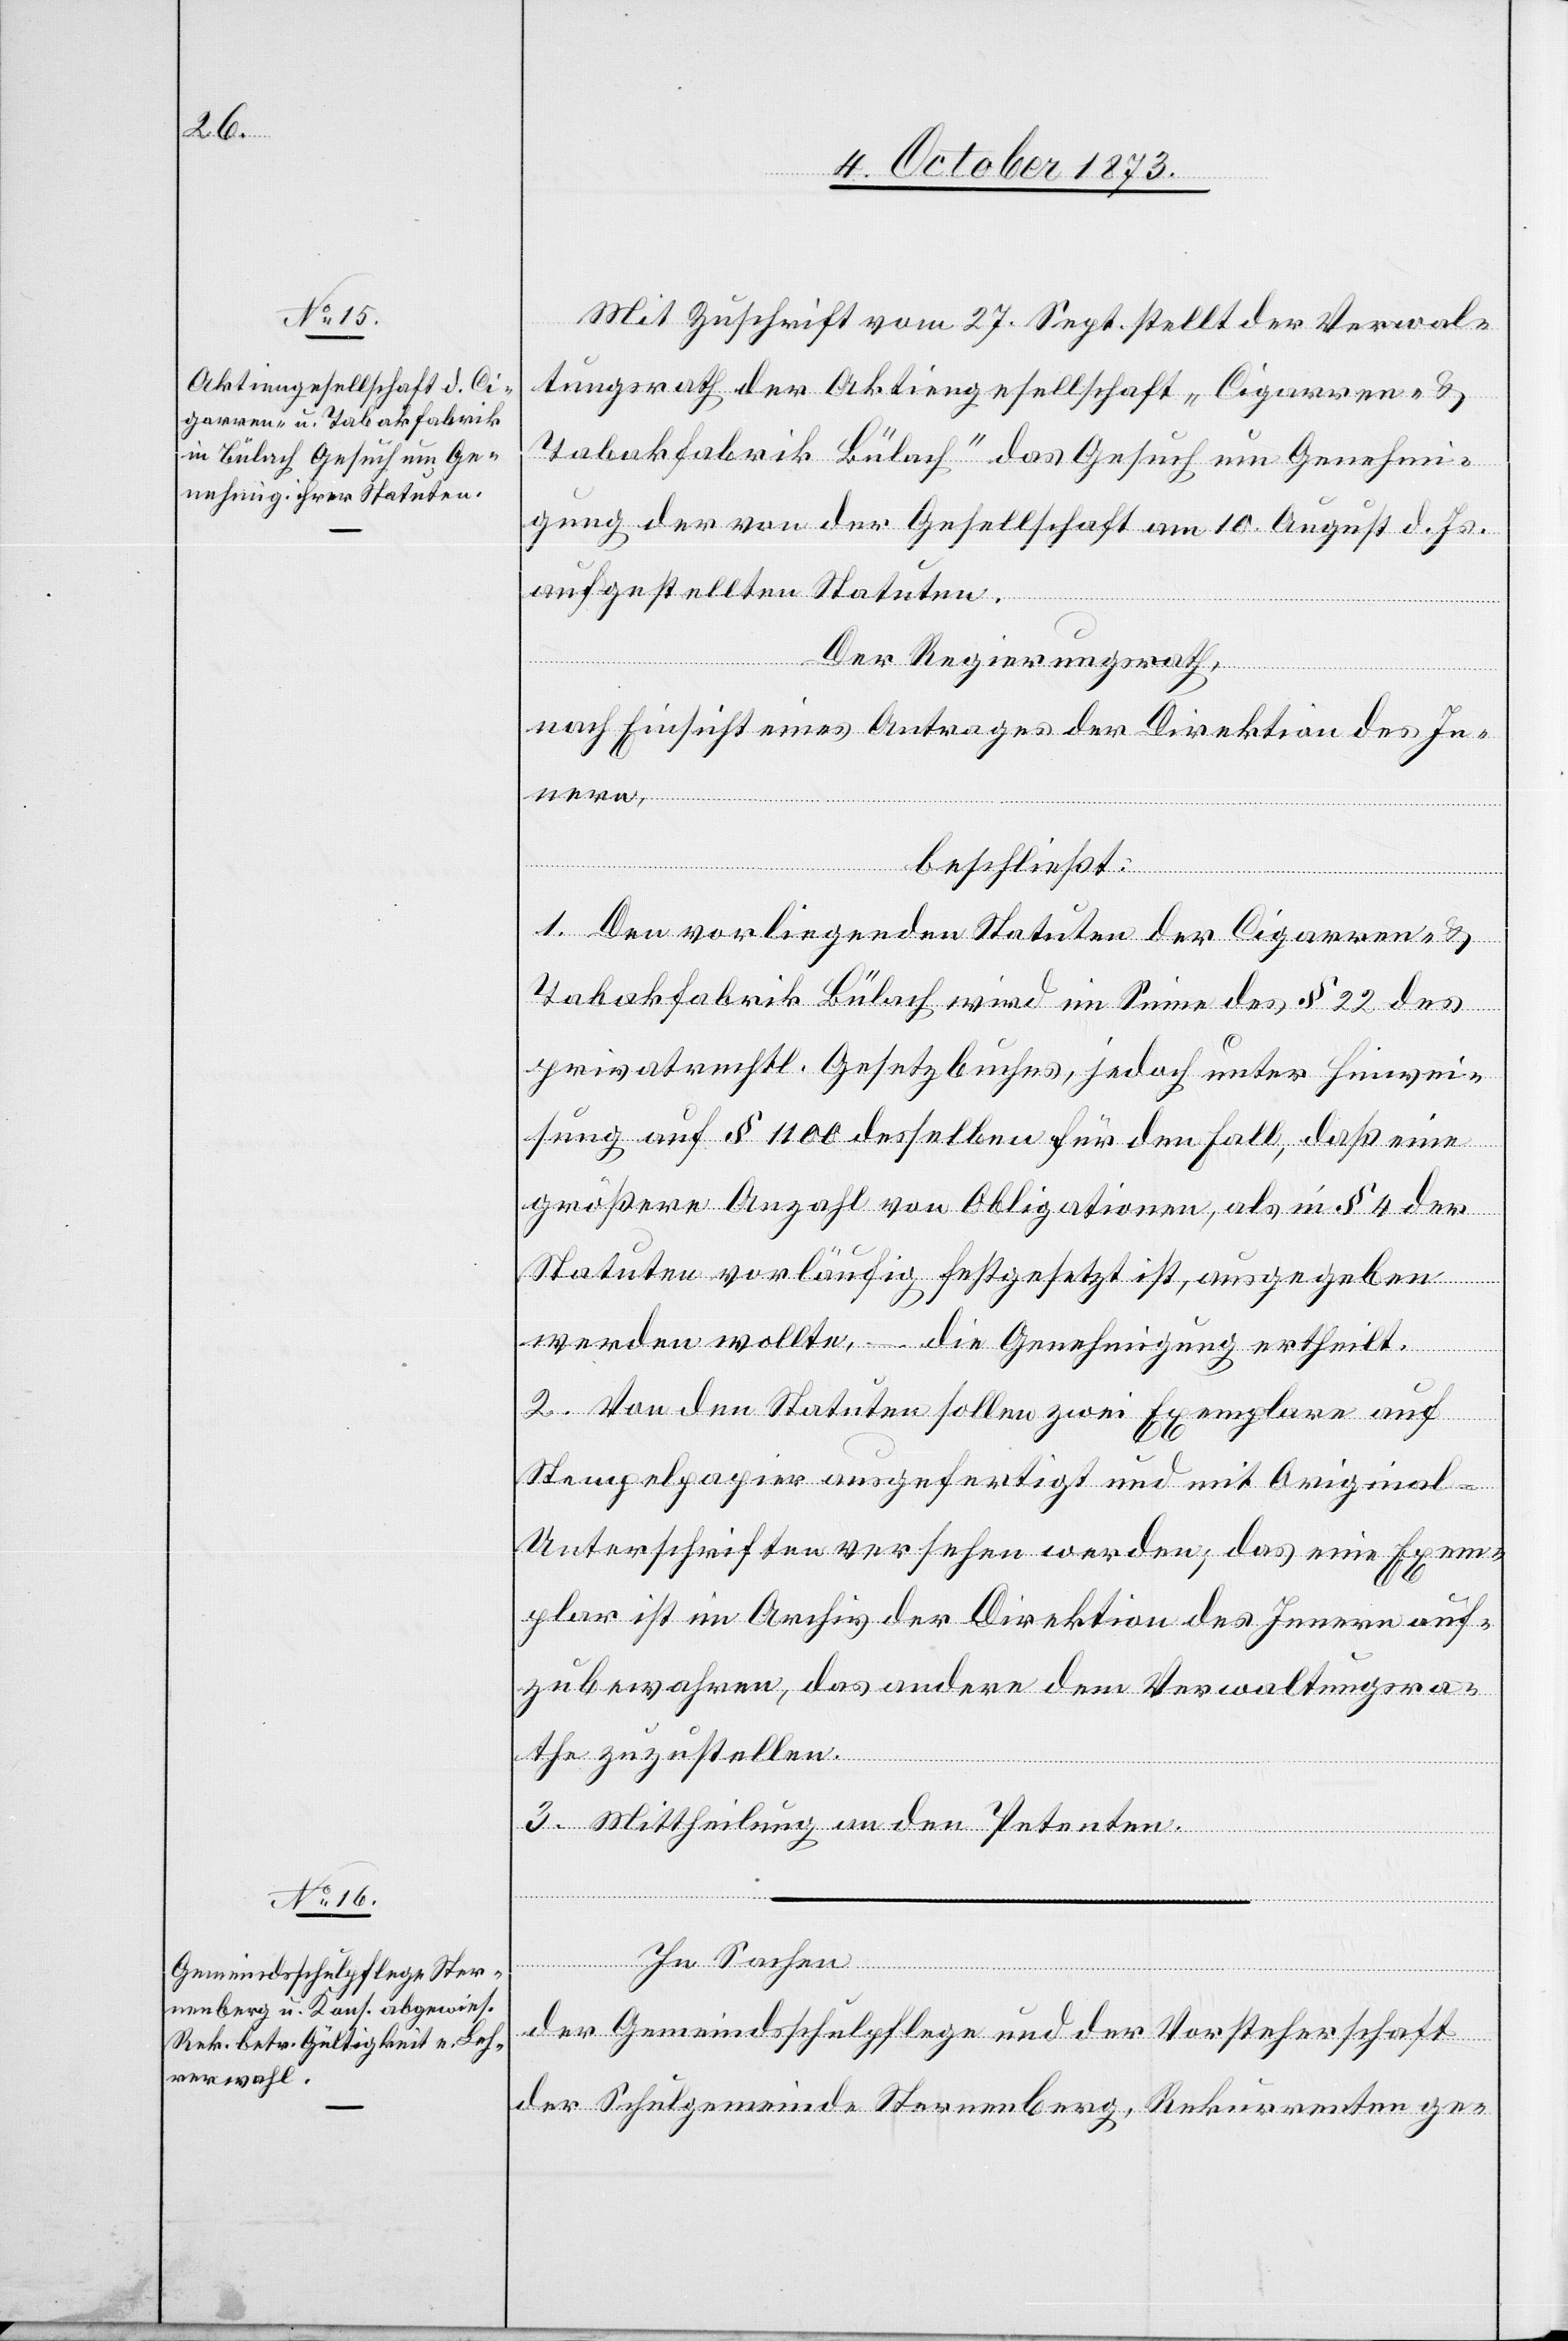
Mit Zuschrift vom 27. Sept. stellt der Verwal¬
tungsrath der Aktiengesellschaft „Cigarren- &
Tabakfabrik Bülach“ das Gesuch um Genehmi¬
gung der von der Gesellschaft am 10. August d. Js.
aufgestellten Statuten.
Der Regierungsrath,
nach Einsicht eines Antrages der Direktion des In¬
beschließt:
1. Den vorliegenden Statuten der Cigarren- &
Tabakfabrik Bülach wird im Sinne des § 22 des
privatrechtl. Gesetzbuches, jedoch unter Hinwei¬
sung auf § 1 100 desselben für den Fall, daß eine
größere Anzahl von Obligationen, als in § 4 der
Statuten vorläufig festgesetzt ist, ausgegeben
werden wollte, – die Genehmigung ertheilt.
2. Von den Statuten sollen zwei Exemplare auf
Stempelpapier ausgefertigt und mit Original-U¬
nterschriften versehen werden; das eine Exem¬
plar ist im Archiv der Direktion des Innern auf¬
zubewahren, das andere dem Verwaltungsra¬
the zuzustellen.
3. Mittheilung an den Petenten.
In Sachen
nern,
der Gemeindsschulpflege und der Vorsteherschaft
der Schulgemeinde Sternenberg, Rekurrenten ge-